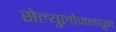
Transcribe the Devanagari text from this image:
सेल्युलोजमधून